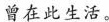
曾在此生活。